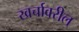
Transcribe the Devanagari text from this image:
खर्चावरील